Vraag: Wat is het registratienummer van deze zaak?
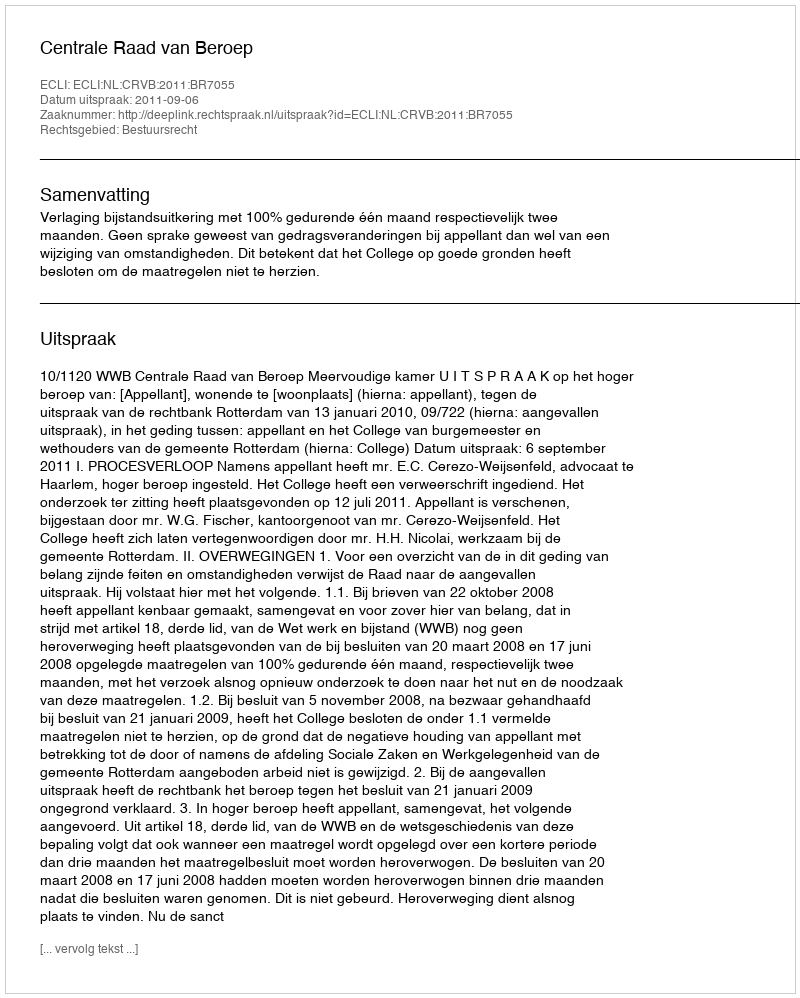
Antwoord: http://deeplink.rechtspraak.nl/uitspraak?id=ECLI:NL:CRVB:2011:BR7055